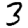
Digit: 3